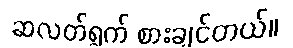
ဆလတ်ရွက် စားချင်တယ်။